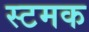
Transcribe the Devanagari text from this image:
स्टमक